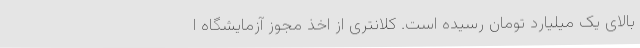
بالای یک میلیارد تومان رسیده است. کلانتری از اخذ مجوز آزمایشگاه ا